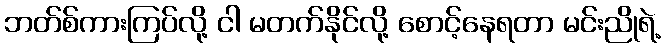
ဘတ်စ်ကားကြပ်လို့ ငါ မတက်နိုင်လို့ စောင့်နေရတာ မင်းညိုရဲ့